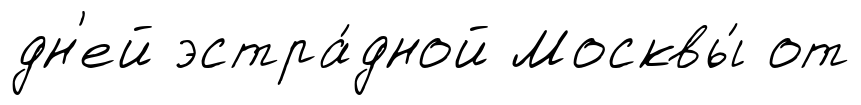
дн'ей эстра́дной Москвы́ от